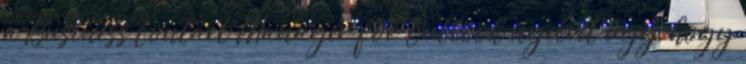
a Business Contact Manager for Outlook nyelvét úgy, hogy